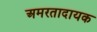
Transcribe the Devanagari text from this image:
अमरतादायक